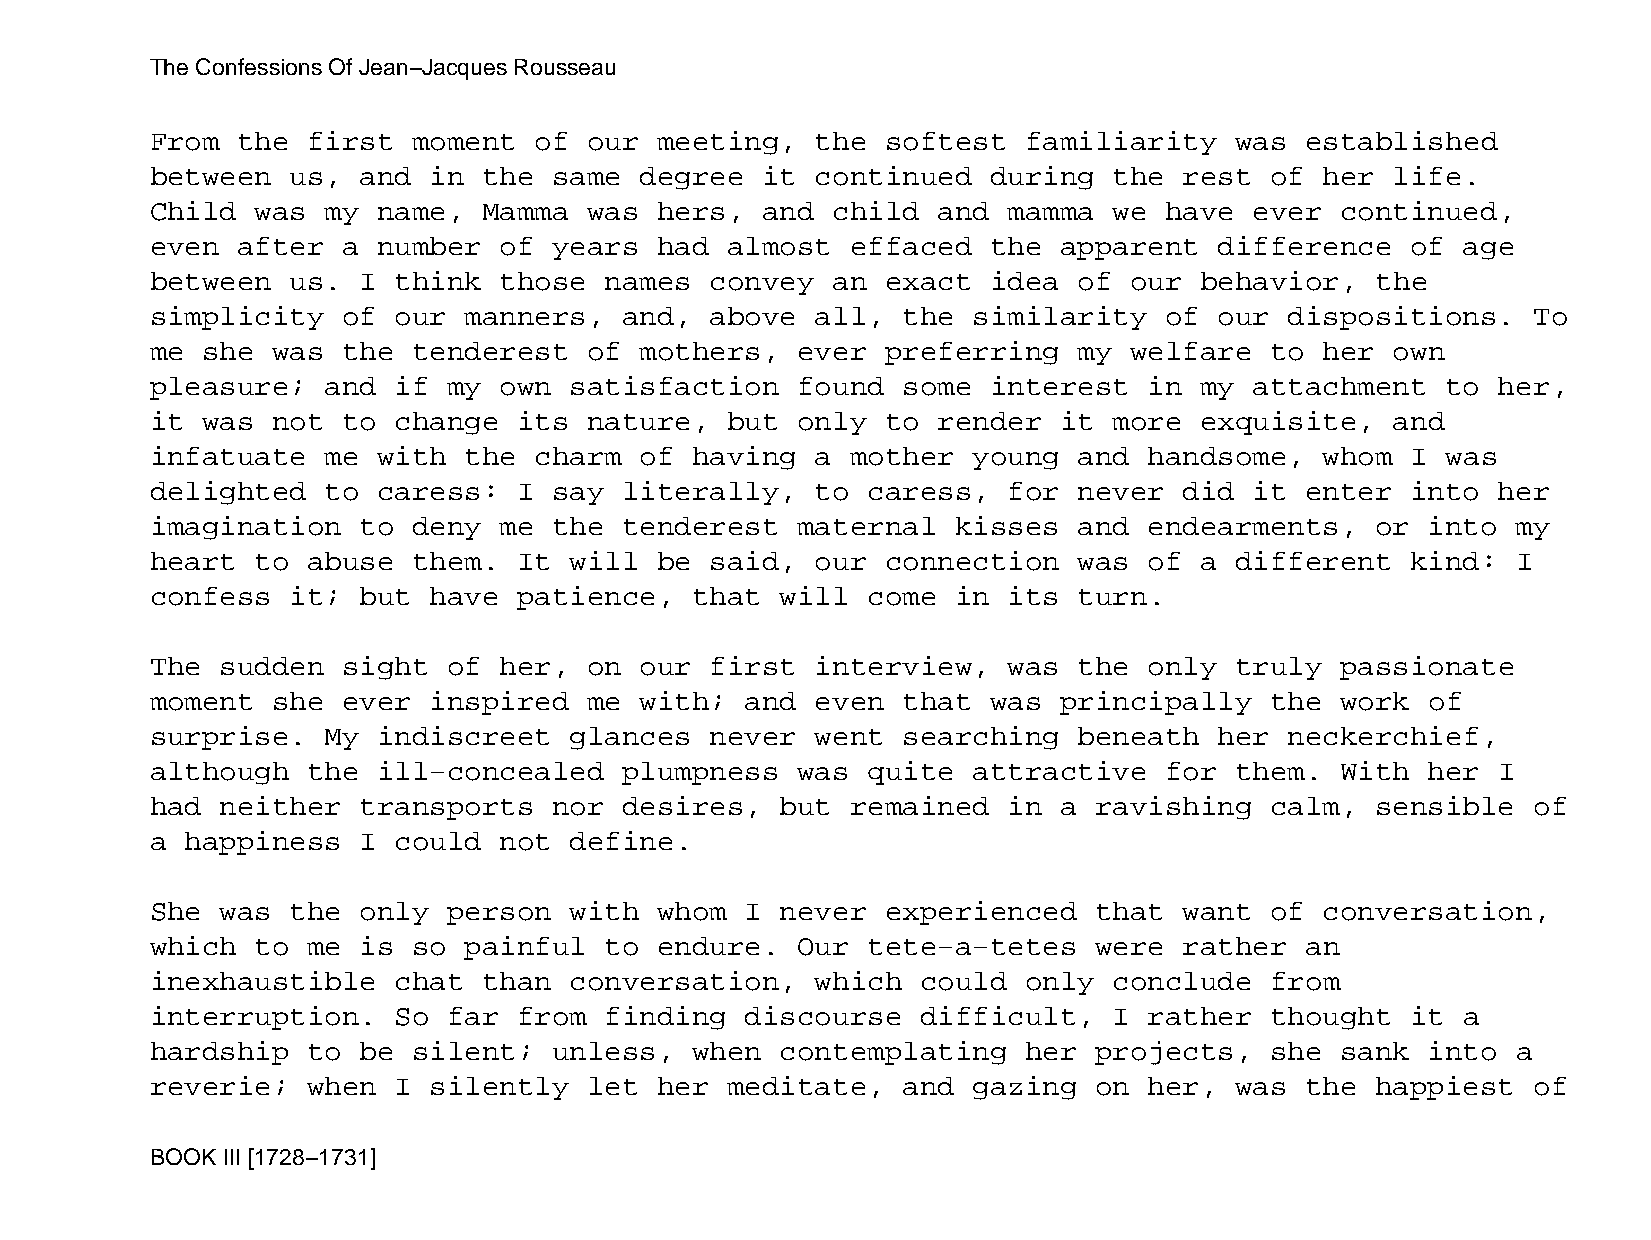
The Confessions Of Jean−Jacques Rousseau
 From  the first  moment  of  our  meeting,  the  softest  familiarity   was established
 between  us,  and in  the  same degree  it  continued   during  the rest  of  her life.
 Child  was  my name,  Mamma  was  hers, and  child  and  mamma  we have  ever  continued,
 even  after  a number  of  years  had almost  effaced   the apparent   difference  of  age
 between  us.  I think  those  names  convey  an  exact  idea of  our behavior,   the
 simplicity   of our  manners,  and,  above  all,  the similarity   of  our dispositions.   To
 me she  was  the tenderest   of mothers,   ever  preferring  my  welfare  to  her own
 pleasure;   and if  my own  satisfaction   found  some  interest  in my  attachment   to her,
 it was  not  to change  its  nature,  but  only  to render  it  more exquisite,   and
 infatuate   me with  the charm  of  having  a mother  young  and  handsome,   whom I  was
 delighted   to caress:  I  say literally,   to caress,   for never  did  it enter  into  her
 imagination   to deny  me  the tenderest   maternal  kisses  and  endearments,   or  into my
 heart  to abuse  them.  It  will  be said,  our  connection  was  of a  different  kind:  I
 confess  it;  but have  patience,   that  will come  in  its turn.
 The  sudden  sight  of her,  on our  first  interview,   was the  only  truly  passionate
 moment  she  ever inspired   me with;  and  even  that  was principally   the  work  of
 surprise.   My indiscreet   glances  never  went  searching  beneath   her neckerchief,
 although  the  ill−concealed   plumpness   was quite  attractive   for  them.  With  her I
 had  neither  transports   nor desires,   but remained   in a ravishing   calm,  sensible  of
 a happiness   I could  not  define.
 She  was the  only  person  with  whom I  never  experienced  that  want  of  conversation,
 which  to me  is so  painful  to  endure.  Our tete−a−tetes   were  rather  an
 inexhaustible   chat  than  conversation,   which  could  only  conclude  from
 interruption.   So  far from  finding  discourse   difficult,   I rather  thought  it  a
 hardship  to  be silent;   unless,  when  contemplating   her projects,   she  sank  into a
 reverie;  when  I silently   let  her meditate,   and gazing  on  her,  was the  happiest  of
 BOOK III [1728−1731]